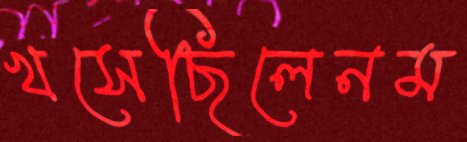
খসেছিলেনম